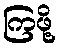
ကြဖို့